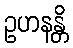
ဥဟနန္တိ